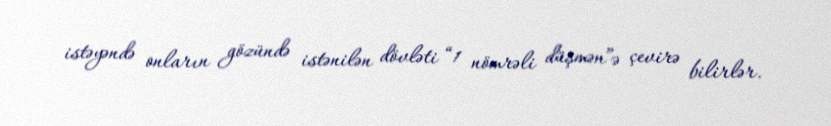
istəyəndə onların gözündə istənilən dövləti “1 nömrəli düşmən”ə çevirə bilirlər.